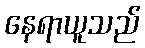
နေရာယူသည်